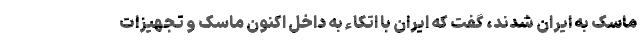
ماسک به ایران شدند، گفت که ایران با اتکاء به داخل اکنون ماسک و تجهیزات